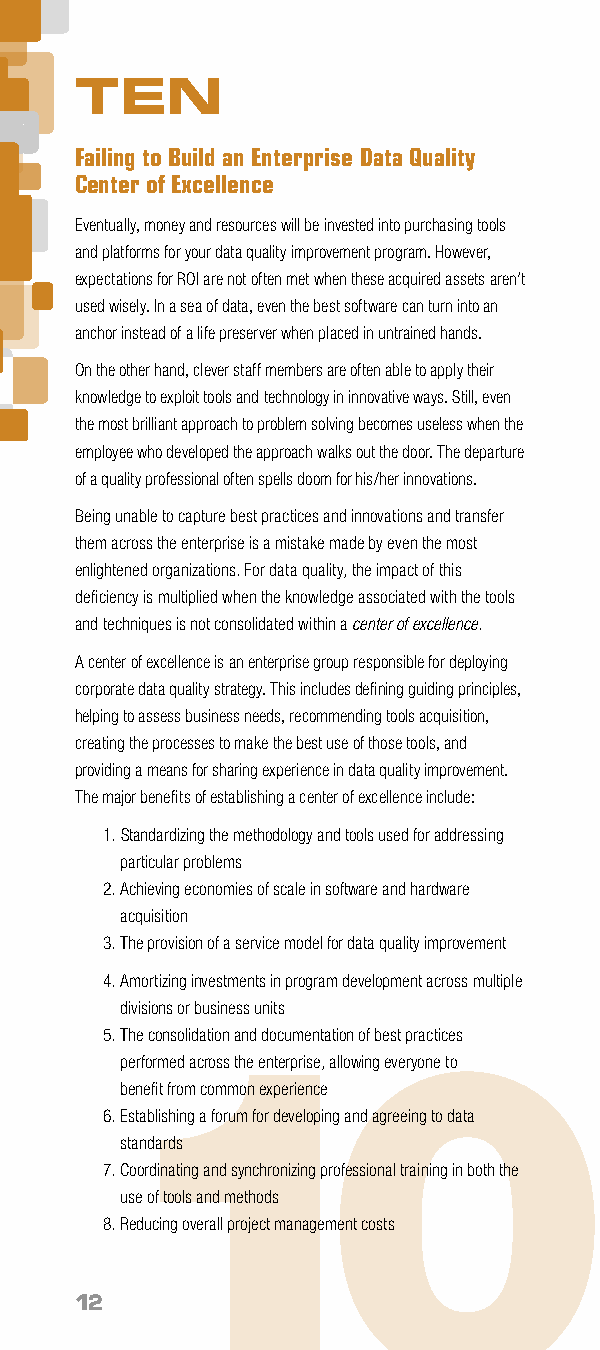
TEN
 Failing to Build an Enterprise Data Quality
 Center of Excellence
 Eventually, money and resources will be invested into purchasing tools
 and platforms for your data quality improvement program. However,
 expectations for ROI are not often met when these acquired assets aren’t
 used wisely. In a sea of data, even the best software can turn into an
 anchor instead of a life preserver when placed in untrained hands.
 On the other hand, clever staff members are often able to apply their
 knowledge to exploit tools and technology in innovative ways. Still, even
 the most brilliant approach to problem solving becomes useless when the
 employee who developed the approach walks out the door. The departure
 of a quality professional often spells doom for his/her innovations.
 Being unable to capture best practices and innovations and transfer
 them across the enterprise is a mistake made by even the most
 enlightened organizations. For data quality, the impact of this
 deficiency is multiplied when the knowledge associated with the tools
 and techniques is not consolidated within a center of excellence.
 A center of excellence is an enterprise group responsible for deploying
 corporate data quality strategy. This includes defining guiding principles,
 helping to assess business needs, recommending tools acquisition,
 creating the processes to make the best use of those tools, and
 providing a means for sharing experience in data quality improvement.
 The major benefits of establishing a center of excellence include:
 1. Standardizing the methodology and tools used for addressing
 particular problems
 2. Achieving economies of scale in software and hardware
 acquisition
 3. The provision of a service model for data quality improvement
 4. Amortizing investments in program development across multiple
 divisions or business units
 5. The consolidation and documentation of best practices
 10
 performed across the enterprise, allowing everyone to
 benefit from common experience
 6. Establishing a forum for developing and agreeing to data
 standards
 7. Coordinating and synchronizing professional training in both the
 use of tools and methods
 8. Reducing overall project management costs
 12